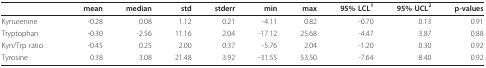
<table><thead><tr><td></td><td><b>mean</b></td><td><b>median</b></td><td><b>std</b></td><td><b>stderr</b></td><td><b>min</b></td><td><b>max</b></td><td><b>95% LCL<sup>1</sup></b></td><td><b>95% UCL<sup>2</sup></b></td><td><b>p-values</b></td></tr></thead><tbody><tr><td>Kynurenine</td><td>-0.28</td><td>0.08</td><td>1.12</td><td>0.21</td><td>-4.11</td><td>0.82</td><td>-0.70</td><td>0.13</td><td>0.91</td></tr><tr><td>Tryptophan</td><td>-0.30</td><td>-2.56</td><td>11.16</td><td>2.04</td><td>-17.12</td><td>25.68</td><td>-4.47</td><td>3.87</td><td>0.88</td></tr><tr><td>Kyn/Trp ratio</td><td>-0.45</td><td>0.25</td><td>2.00</td><td>0.37</td><td>-5.76</td><td>2.04</td><td>-1.20</td><td>0.30</td><td>0.92</td></tr><tr><td>Tyrosine</td><td>0.38</td><td>3.08</td><td>21.48</td><td>3.92</td><td>-31.55</td><td>53.50</td><td>-7.64</td><td>8.40</td><td>0.92</td></tr></tbody></table>